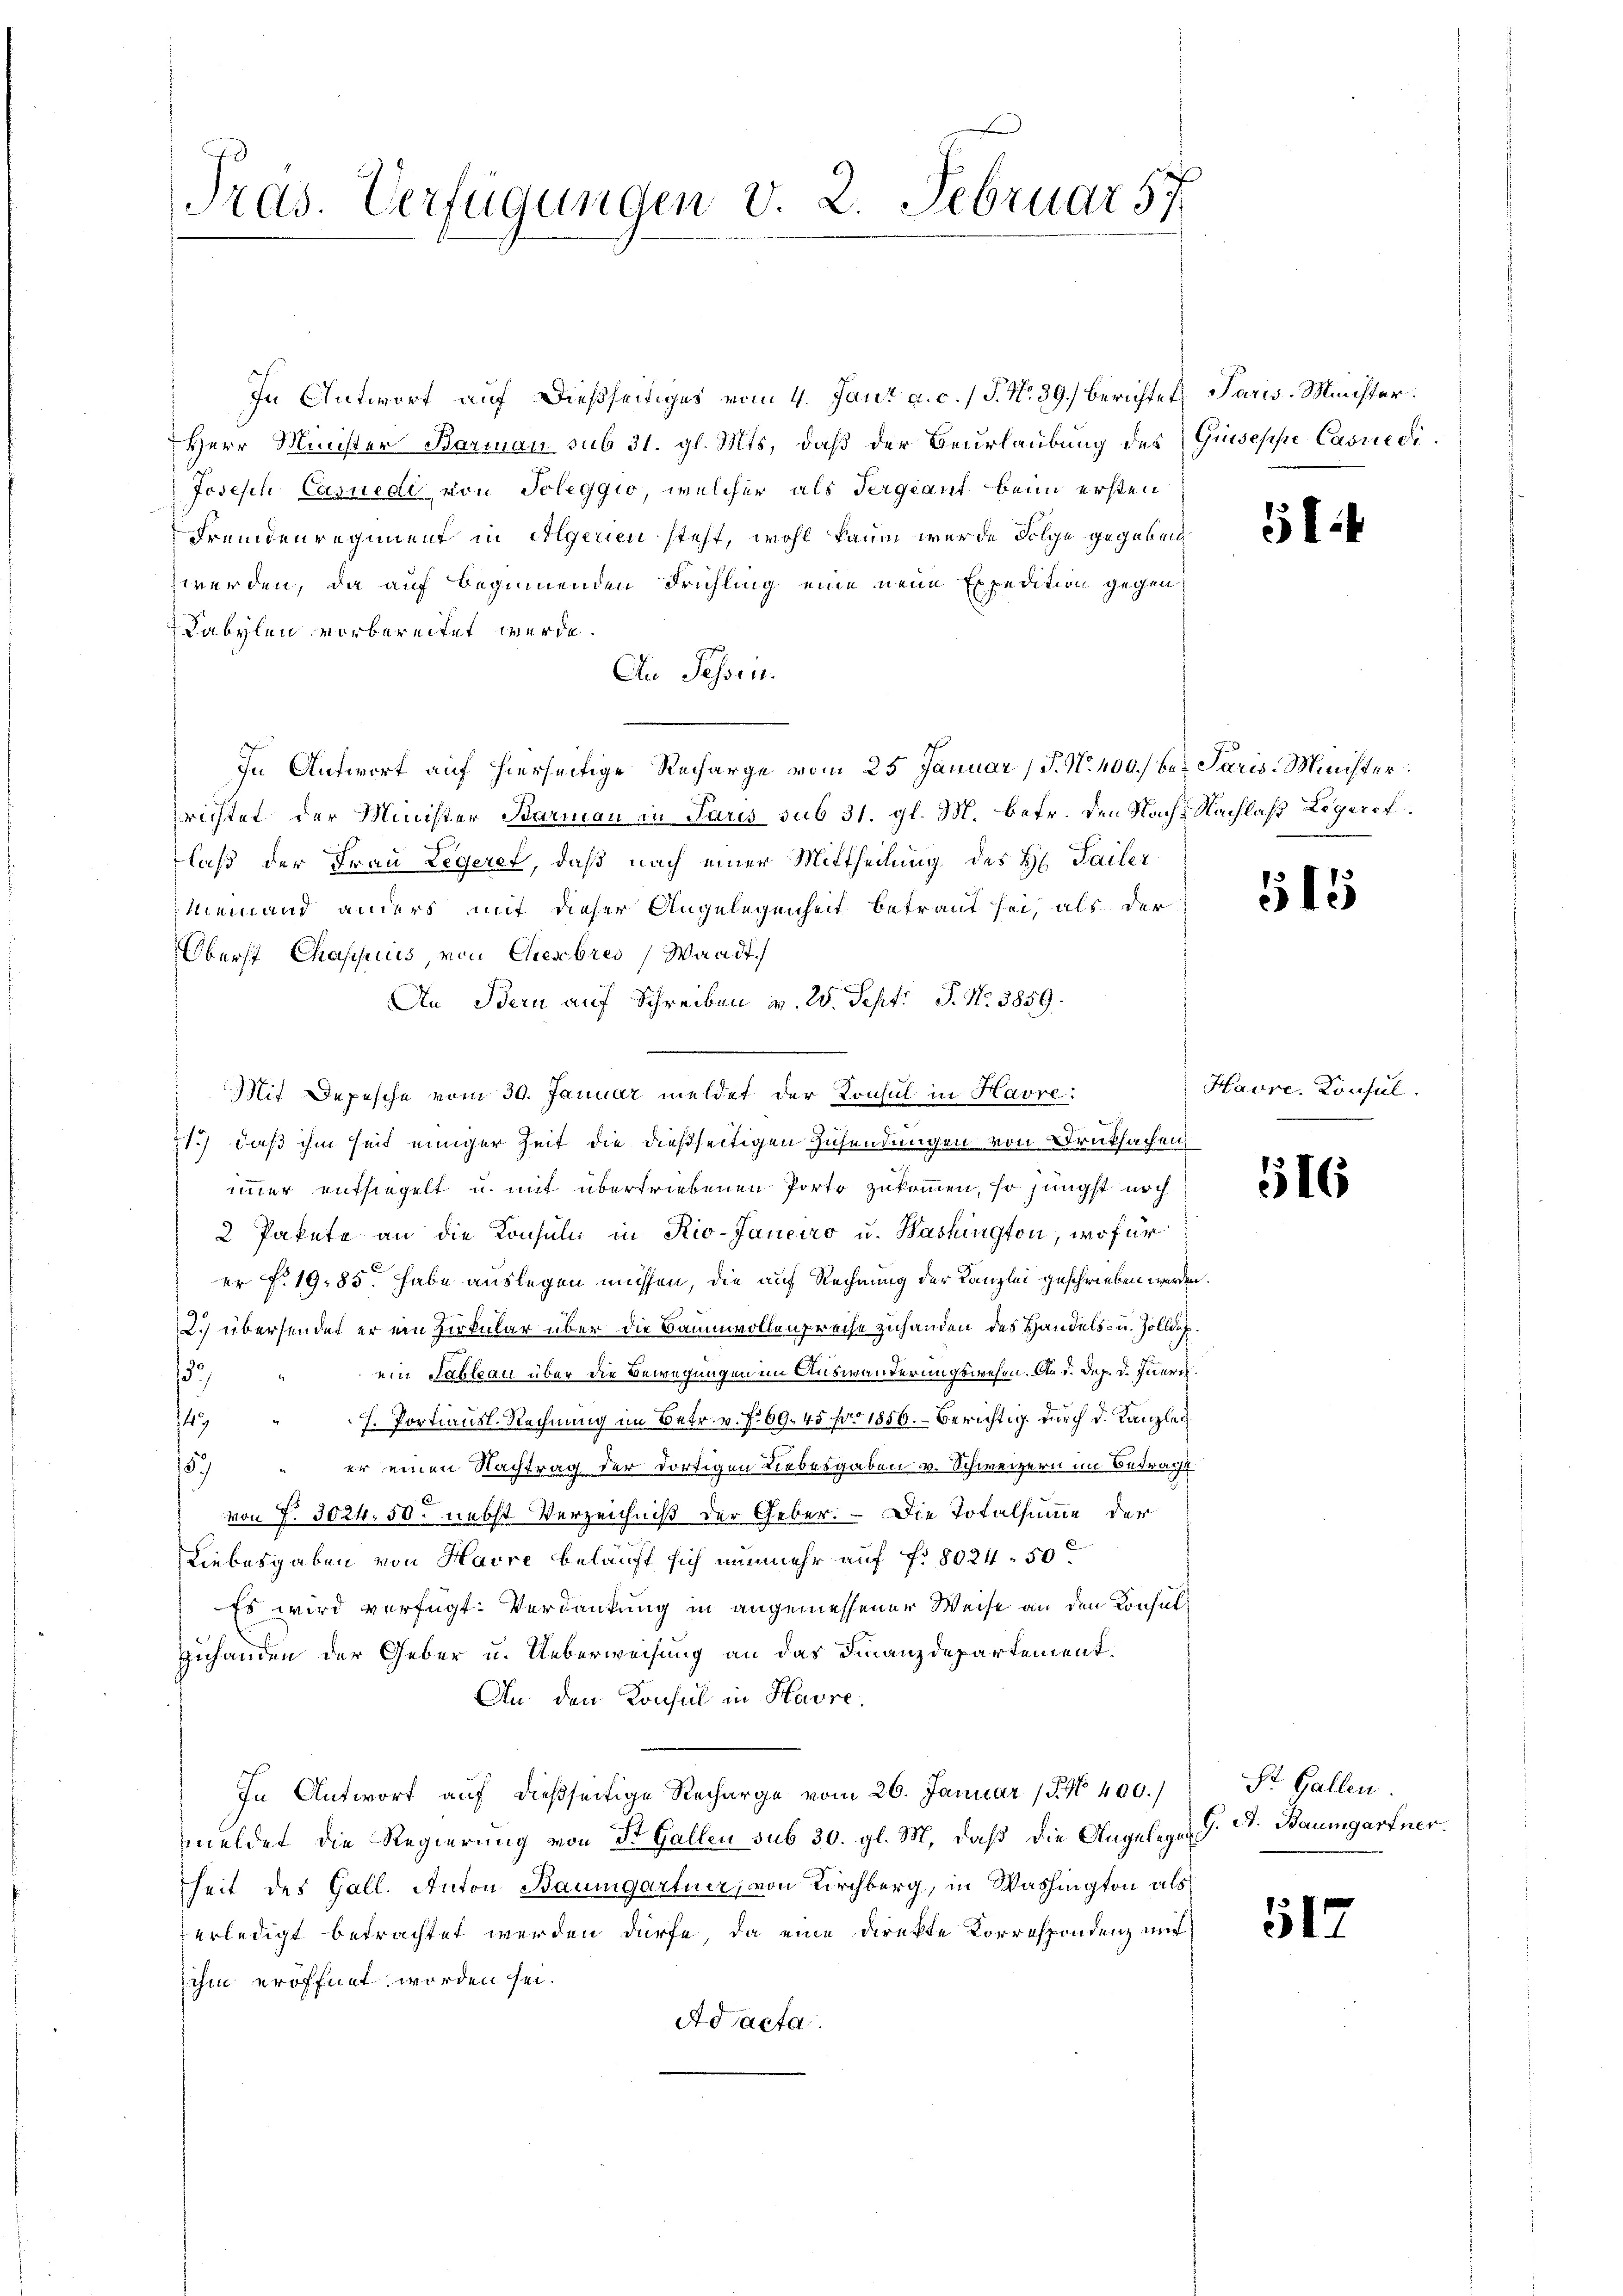
In Antwort auf dießseitiges vom 4. Jani a. c. / J. N. 39. berichtet Paris. Münchter.
Herr Minister Barman sub 31. gl. Mts, daß der Beurlaubung des Guseppe Casriedi¬
Joseph Casuedi, von Soleggio, welcher als Sergiant beim ersten
Fremdenregiment in Algerien steht, wohl kaum werde Folge gegeben
werden, da auf beginnenden Frühling eine neue Expedition gegen
Labylen vorbereitet werde.
An Sessen.
In Antwort auf hierseitige Recharge vom 25 Januar (T. N. 400.) bei Paris-Minister
richtet der Minister Barmann in Paris sub 31. gl. M. betr. den Nachs Nachlaß Legeret.
laß der Frau Legeret, daß nach einer Mittheilung des H. Tailer
Niemand anders mit dieser Angelegenheit betraut sei, als der
Oberst Chaspiis, von Chiessbres (Waadt.
An Bern auf Schreiben v. 2. Sept. P. Nr. 3859.
11.) daß ihm seit einiger Zeit die dießseitigen Zusendungen von Druksachen
immer entsiegelt u. mit übertriebenen Porto zukommen, so jüngst noch
2 Pakete an die Konsul in Rio-Janeiro u. Washington, wofür
er No. 1985. habe auslegen müssen, die auf Rechnung der Kanzlei geschrieben werden
2) übersendet er ein Zirkular über die Baumwollenpreise zuhanden des Handels- u. Zolldeein Tableau über die Bewegungen im Auswanderungswesen. An d. Dez. d. Inneri
3
H. Portiausl. Rechnung im Betr. v. f. 69. 45 pro 1856. – Berichtig durch d. Kanzlei
149
8.) " er einen Nachtrag der dortigen Liebesgaben v. Schweizern im Betracht
6
von f. 3024. 50. nebst Verzeichniß der Geber.  Die Totalsumme der
Liebesgaben von Havre belauft sich nunmehr auf fr. 8024 - 50
Es wird verfügt: Verdankung in angemessener Weise an den Konsul¬
Zuhanden der Geber u. Ueberweisung an das Finanzdepartement.
An den Konsul in Havre.
In Antwort auf dießseitige Recharge vom 26. Januar 18. No 400.)
meldet die Regierung von St. Gallen sub 30. gl. M. daß die Angelegen
heit des Gall. Anton Baumgartner, von Kirchberg, in Washington als
erledigt betrachtet werden dürfe, da eine direkte Korrespondenz mit
ihm eröffnet worden sei.
Ad acta

Pras. Verfügungen v. 2. Februar 57

Mit Depesche vom 30. Januar meldet der Konsul in Havre:

51.

155

Havre, Konsul

516

St. Gallen.
A. Baumgartner.

12